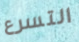
التسرع